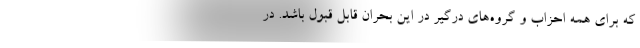
که برای همه احزاب و گروه‌های درگیر در این بحران قابل قبول باشد. در